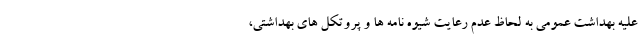
علیه بهداشت عمومی به لحاظ عدم رعایت شیوه نامه ها و پروتکل های بهداشتی،